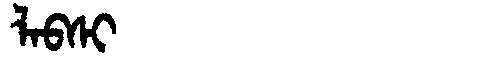
Manchu: ᠯᠠᠪᠰᡳ
Romanization: LABSI